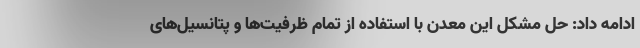
ادامه داد: حل مشکل این معدن با استفاده از تمام ظرفیت‌ها و پتانسیل‌های